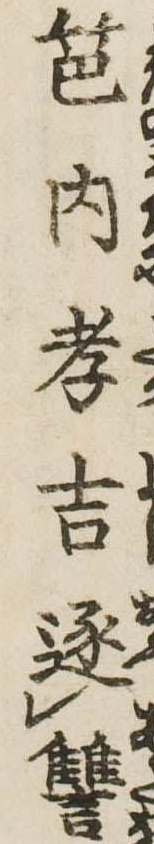
笆内孝吉逐讐